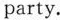
party.